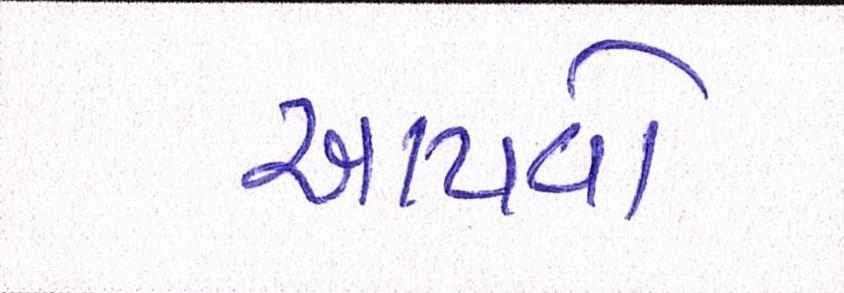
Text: આપવો